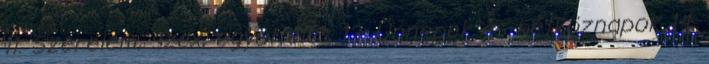
11. Szerelem, szex, együttélés 13. Ünnepek és hétköznapok 14.